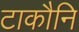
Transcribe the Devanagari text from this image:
टाकौनि